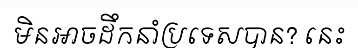
មិនអាចដឹកនាំប្រទេសបាន? នេះ